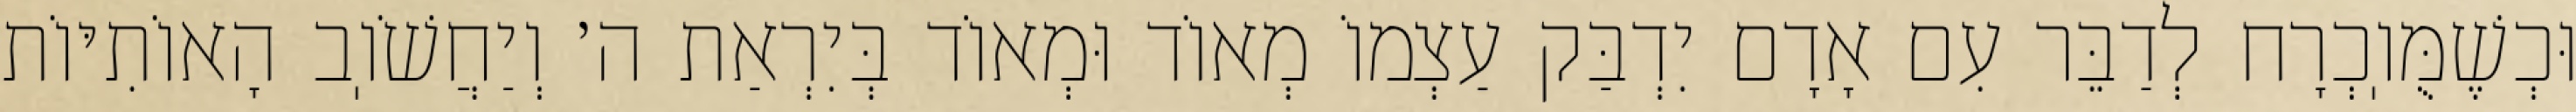
וּכְשֶׁמֻּוֽכְרָח לְדַבֵּר עִם אָדָם יִדְבַּק עַצְמוֹ מְאוֹד וּמְאוֹד בְּיִרְאַת ה׳ וְיַחֲשֹׁוֽב הָאוֹתִיּוֹת